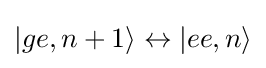
|ge,n+1\rangle \leftrightarrow |ee,n\rangle